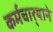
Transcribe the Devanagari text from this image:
कर्मचार्‍याने